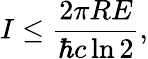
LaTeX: I\leq{\frac{2\pi RE}{\hbar c\ln 2}},